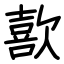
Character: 歖